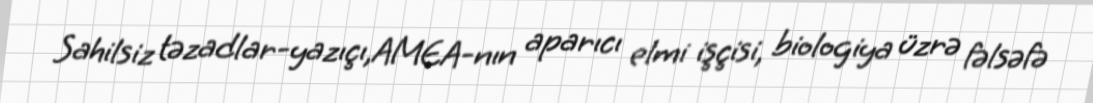
Sahilsiz təzadlar-yazıçı,AMEA-nın aparıcı elmi işçisi, biologiya üzrə fəlsəfə